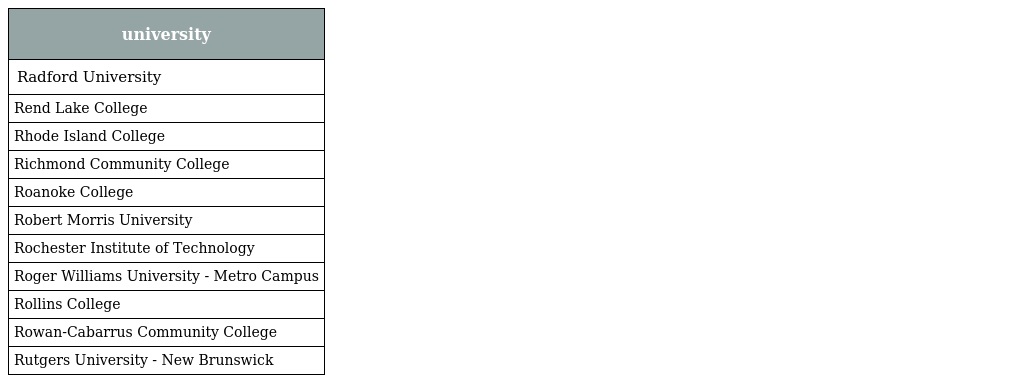
| university |
 | --- |
 | Radford University |
 | Rend Lake College |
 | Rhode Island College |
 | Richmond Community College |
 | Roanoke College |
 | Robert Morris University |
 | Rochester Institute of Technology |
 | Roger Williams University - Metro Campus |
 | Rollins College |
 | Rowan-Cabarrus Community College |
 | Rutgers University - New Brunswick |